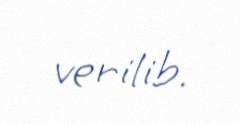
verilib.